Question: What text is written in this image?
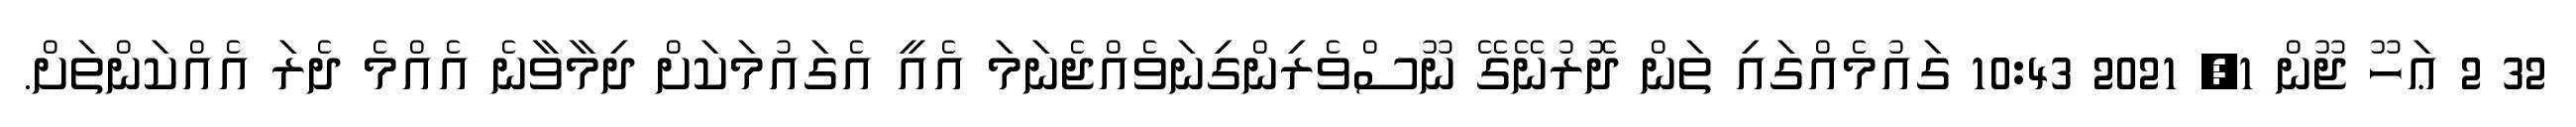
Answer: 32 2 ޢަހޫ ޖޫން 1, 2021 10:43 ގައުމެއްގައި ތަން ދޮރުނޭގޭ ނޫސްވެރިންގިނަވެއްޖެނަމަ އެއީ އެގައުމަކަށް ދިމާވާނެ އެއްމެ ދެރަ އެއްކަންތަށް.